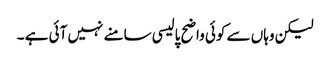
لیکن وہاں سے کوئی واضح پالیسی سامنے نہیں آئی ہے ۔